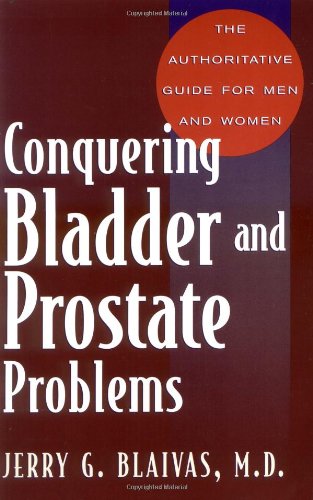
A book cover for Conquering Bladder and Prostate Problems: The Authoritative Guide for Men and Women; Jerry Blaivas; Health, Fitness & Dieting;